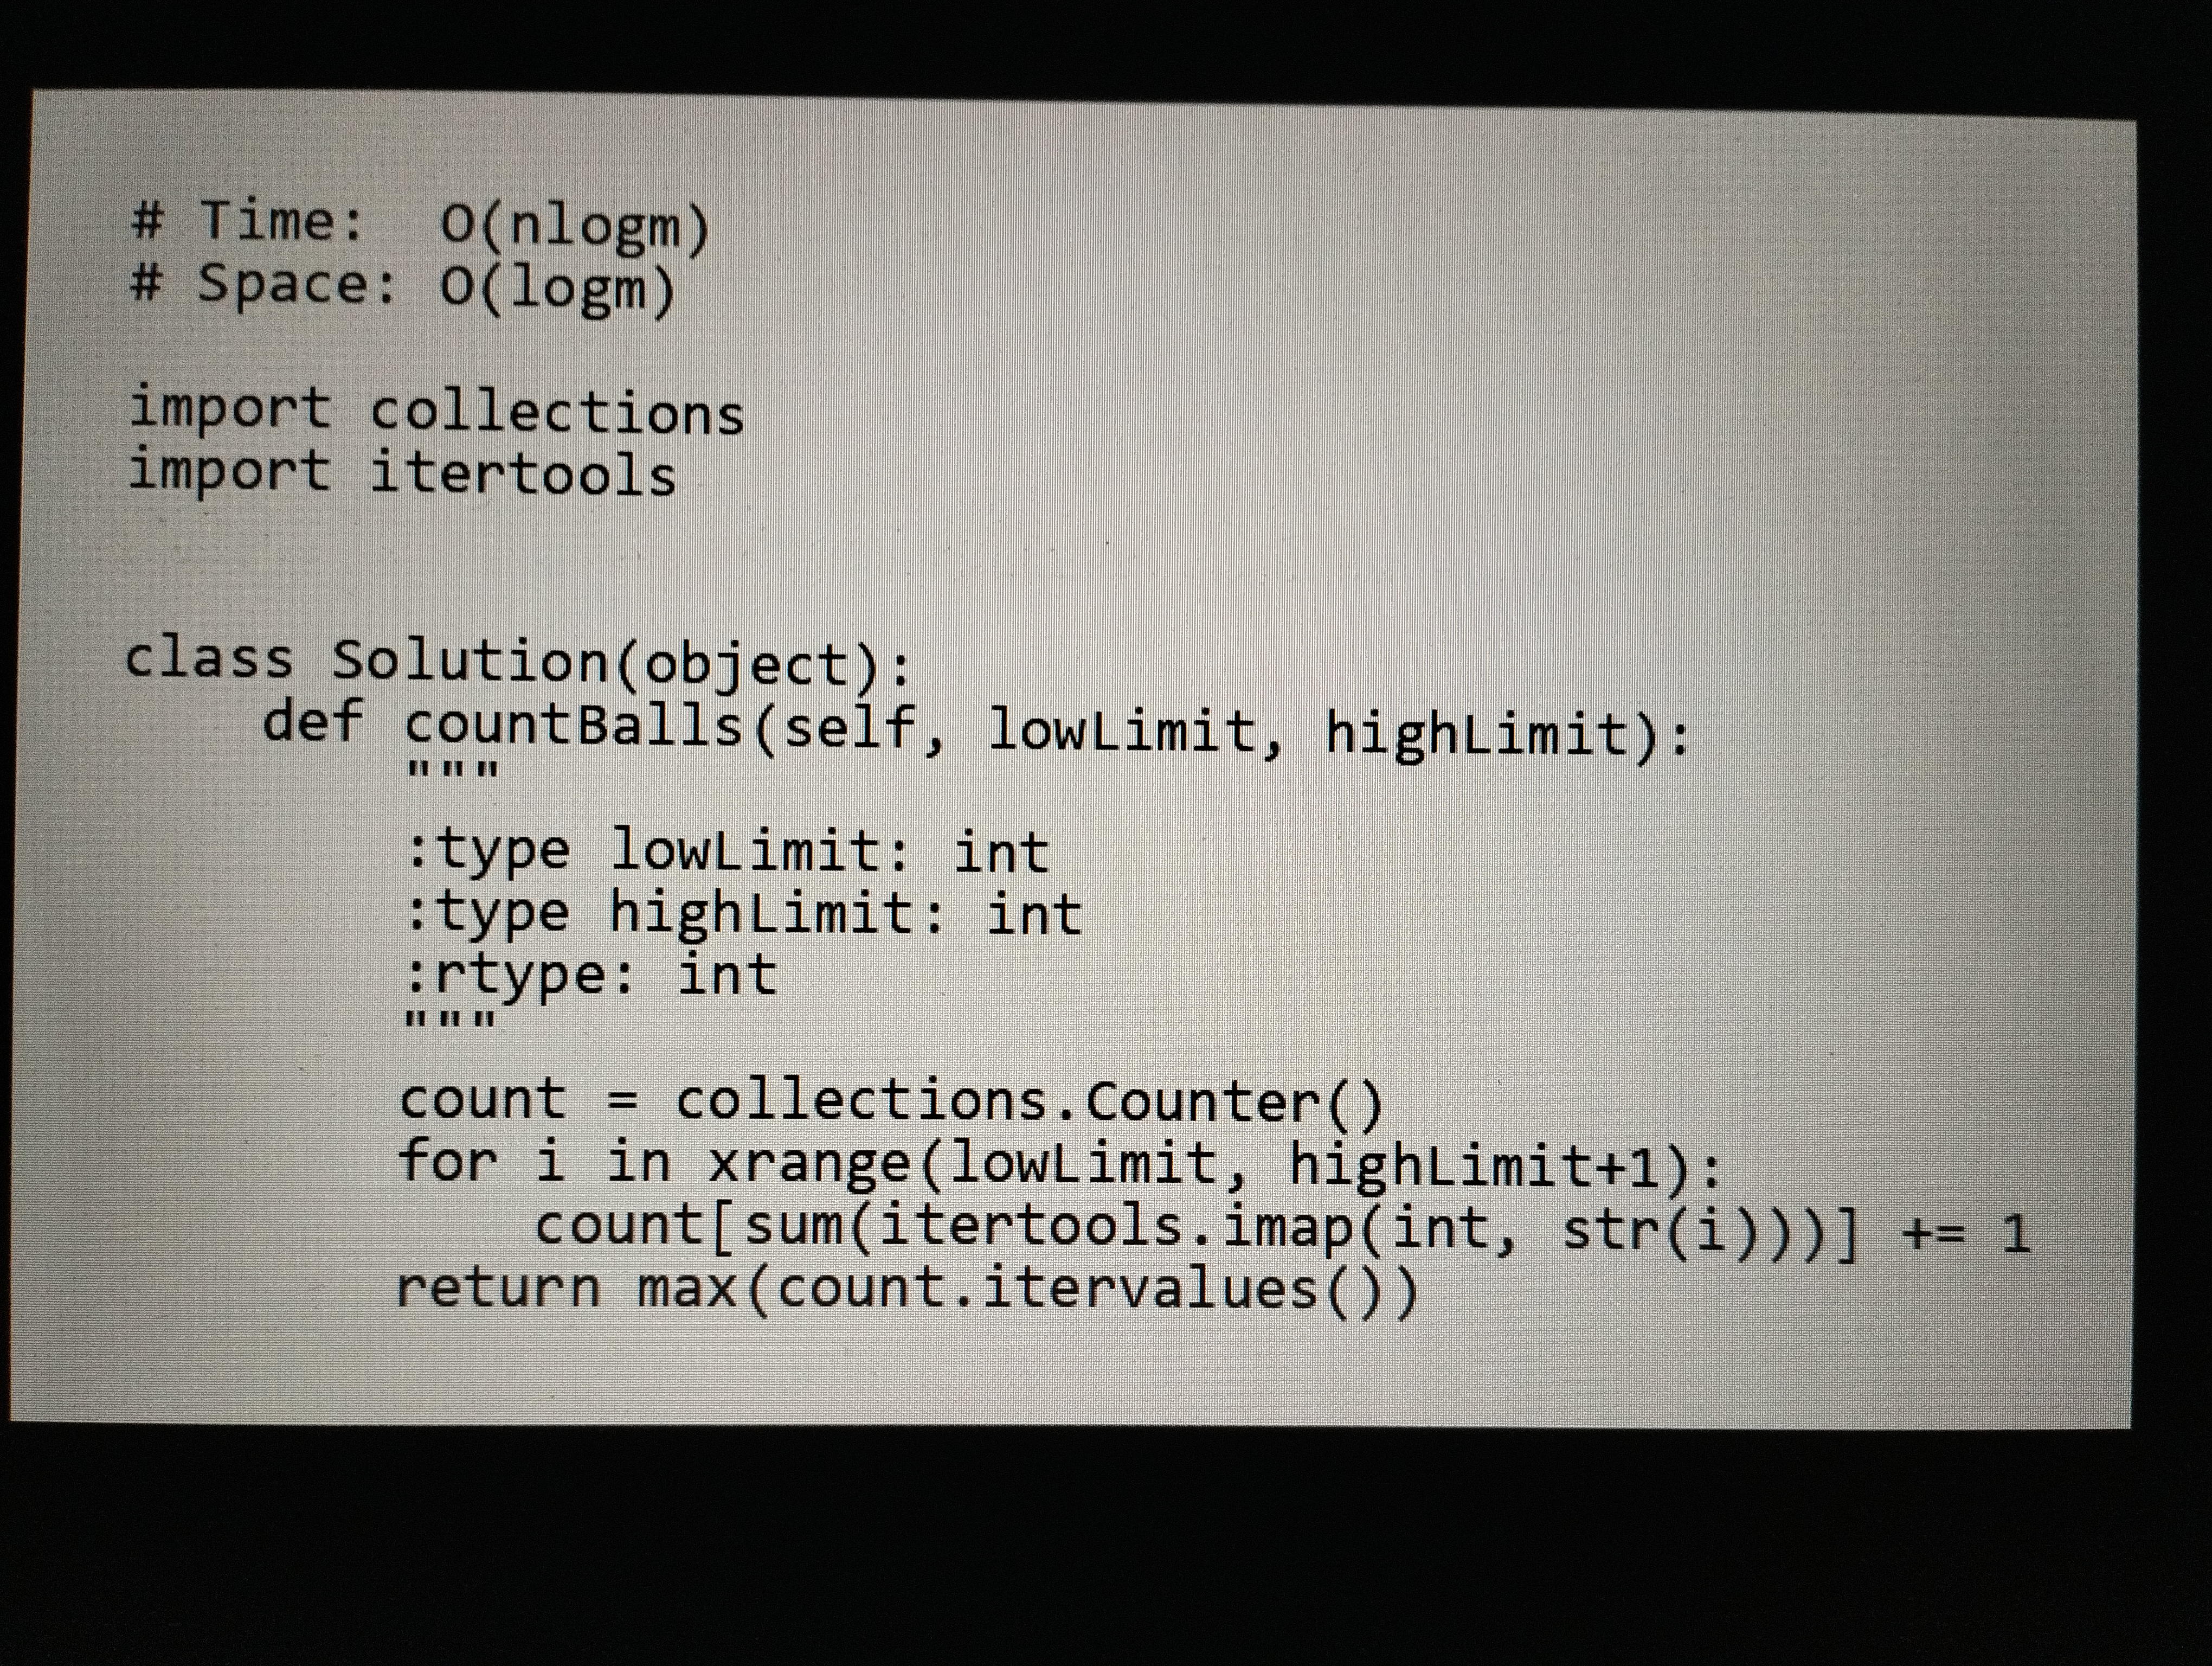
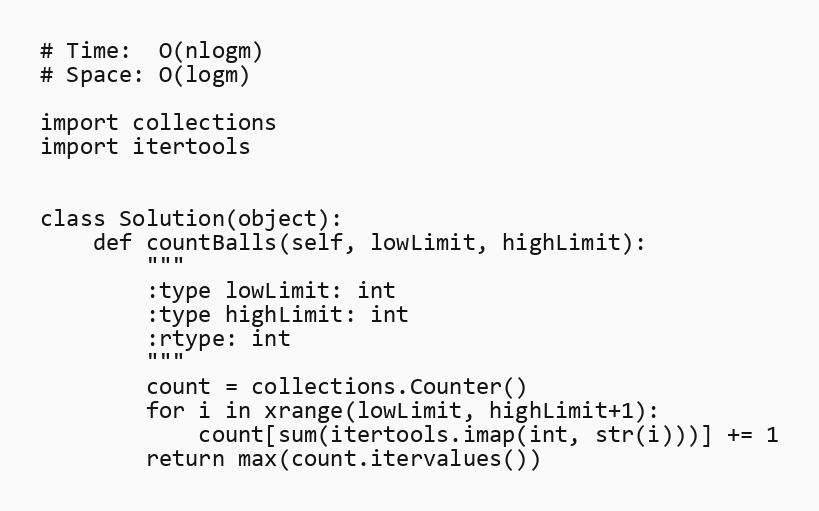
# Time:  O(nlogm)
# Space: O(logm)

import collections
import itertools

class Solution(object):
    def countBalls(self, lowLimit, highLimit):
        """
        :type lowLimit: int
        :type highLimit: int
        :rtype: int
        """
        count = collections.Counter()
        for i in xrange(lowLimit, highLimit+1):
            count[sum(itertools.imap(int, str(i)))] += 1
        return max(count.itervalues())